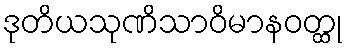
ဒုတိယသုဏိသာဝိမာနဝတ္ထု